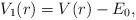
LaTeX: \begin{align*} V_1(r) = V(r) - E_0, \end{align*}